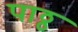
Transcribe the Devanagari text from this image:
पाठ्ठ